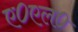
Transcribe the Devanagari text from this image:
ए०एल०